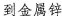
到金属锌